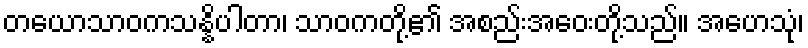
တယောသာဝကသန္နိပါတာ၊ သာဝကတို့၏ အစည်းအဝေးတို့သည်။ အဟေသုံ၊